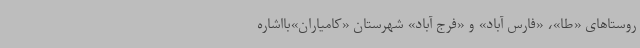
روستاهای «طا»، «فارس آباد» و «فرج آباد» شهرستان «کامیاران»بااشاره